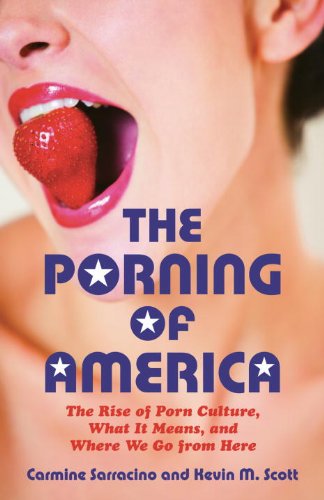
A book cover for The Porning of America: The Rise of Porn Culture, What It Means, and Where We Go from Here; Carmine Sarracino; Politics & Social Sciences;